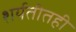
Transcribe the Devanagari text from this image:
शर्यतीतही